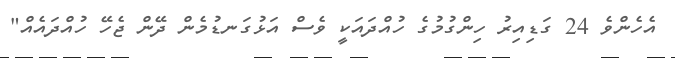
އެހެންވެ 24 ގަޑިއިރު ހިންގުމުގެ ހުއްދައަކީ ވެސް އަޅުގަނޑުމެން ދޭން ޖެހޭ ހުއްދައެއް"